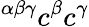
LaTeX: ^{\alpha\beta\gamma}c^{\beta}c^{\gamma}